Scottish Leaving Certificate Examination, 1959
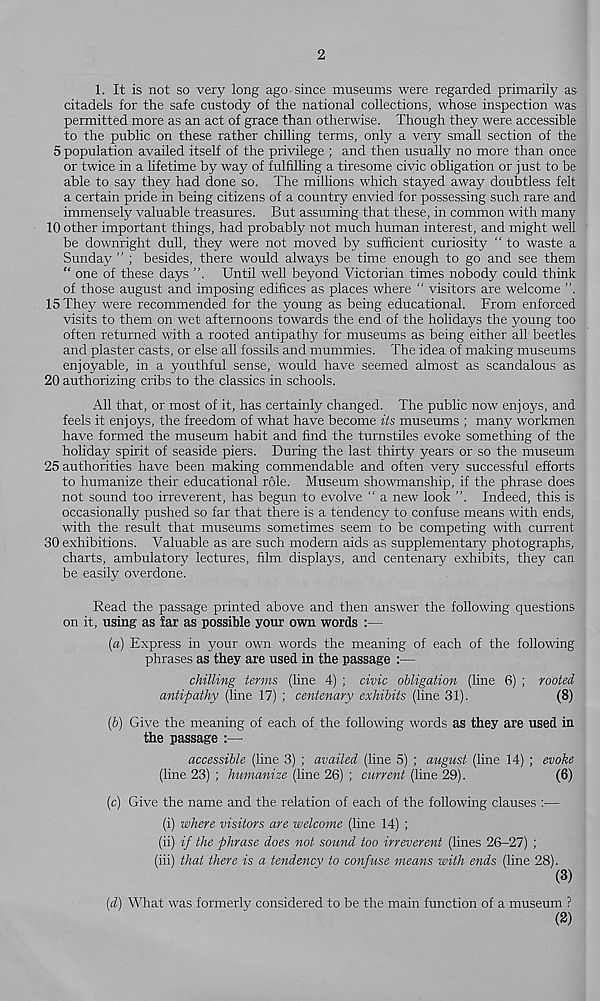
2
1. It is not so very long ago since museums were regarded primarily as
citadels for the safe custody of the national collections, whose inspection was
permitted more as an act of grace than otherwise. Though they were accessible
to the public on these rather chilling terms, only a very small section of the
5 population availed itself of the privilege ; and then usually no more than once
or twice in a lifetime by way of fulfilling a tiresome civic obligation or just to be
able to say they had done so. The millions which stayed away doubtless felt
a certain pride in being citizens of a country envied for possessing such rare and
immensely valuable treasures. But assuming that these, in common with many
10 other important things, had probably not much human interest, and might well
be downright dull, they were not moved by sufficient curiosity " to waste a
Sunday ” ; besides, there would always be time enough to go and see them
“ one of these days ”. Until well beyond Victorian times nobody could think
of those august and imposing edifices as places where “ visitors are welcome ”.
15 They were recommended for the young as being educational. From enforced
visits to them on wet afternoons towards the end of the holidays the young too
often returned with a rooted antipathy for museums as being either all beetles
and plaster casts, or else all fossils and mummies. The idea of making museums
enjoyable, in a youthful sense, would have seemed almost as scandalous as
20 authorizing cribs to the classics in schools.
All that, or most of it, has certainly changed. The public now enjoys, and
feels it enjoys, the freedom of what have become its museums ; many workmen
have formed the museum habit and find the turnstiles evoke something of the
holiday spirit of seaside piers. During the last thirty years or so the museum
25 authorities have been making commendable and often very successful efforts
to humanize their educational role. Museum showmanship, if the phrase does
not sound too irreverent, has begun to evolve " a new look ”. Indeed, this is
occasionally pushed so far that there is a tendency to confuse means with ends,
with the result that museums sometimes seem to be competing with current
30 exhibitions. Valuable as are such modern aids as supplementary photographs,
charts, ambulatory lectures, film displays, and centenary exhibits, they can
be easily overdone.
Read the passage printed above and then answer the following questions
on it, using as far as possible your own words :—
(a) Express in your own words the meaning of each of the following
phrases as they are used in the passage :—
chilling terms (line 4) ; civic obligation (line 6) ; rooted
antipathy (line 17) ; centenary exhibits (line 31).
(8)
(b) Give the meaning of each of the following words as they are used in
the passage :—
accessible (line 3) ; availed (line 5) ; august (line 14) ; evoke
(line 23) ; humanize (line 26) ; current (line 29).
(6)
(c) Give the name and the relation of each of the following clauses :—
(i) where visitors are welcome (line 14) ;
(ii) if the phrase does not sound too irreverent (lines 26-27) ;
(iii) that there is a tendency to confuse means with ends (line 28).
(3)
(d) What was formerly considered to be the main function of a museum ?
(2)